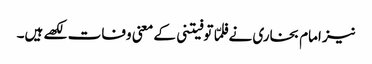
نیز امام بخاری نے فلمّا توفیتنی کے معنی وفات لکھے ہیں۔